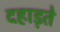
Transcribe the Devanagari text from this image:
दहाड़ते